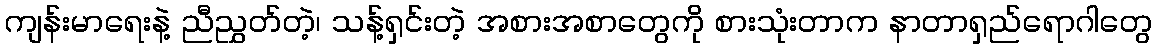
ကျန်းမာရေးနဲ့ ညီညွှတ်တဲ့၊ သန့်ရှင်းတဲ့ အစားအစာတွေကို စားသုံးတာက နာတာရှည်ရောဂါတွေ